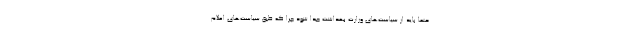
حتما باید از سیاست‌های وزارت بهداشت جدا شود چرا که طبق سیاست‌های اعلام